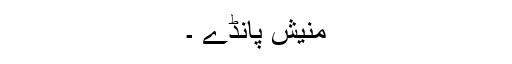
منیش پانڈے ۔